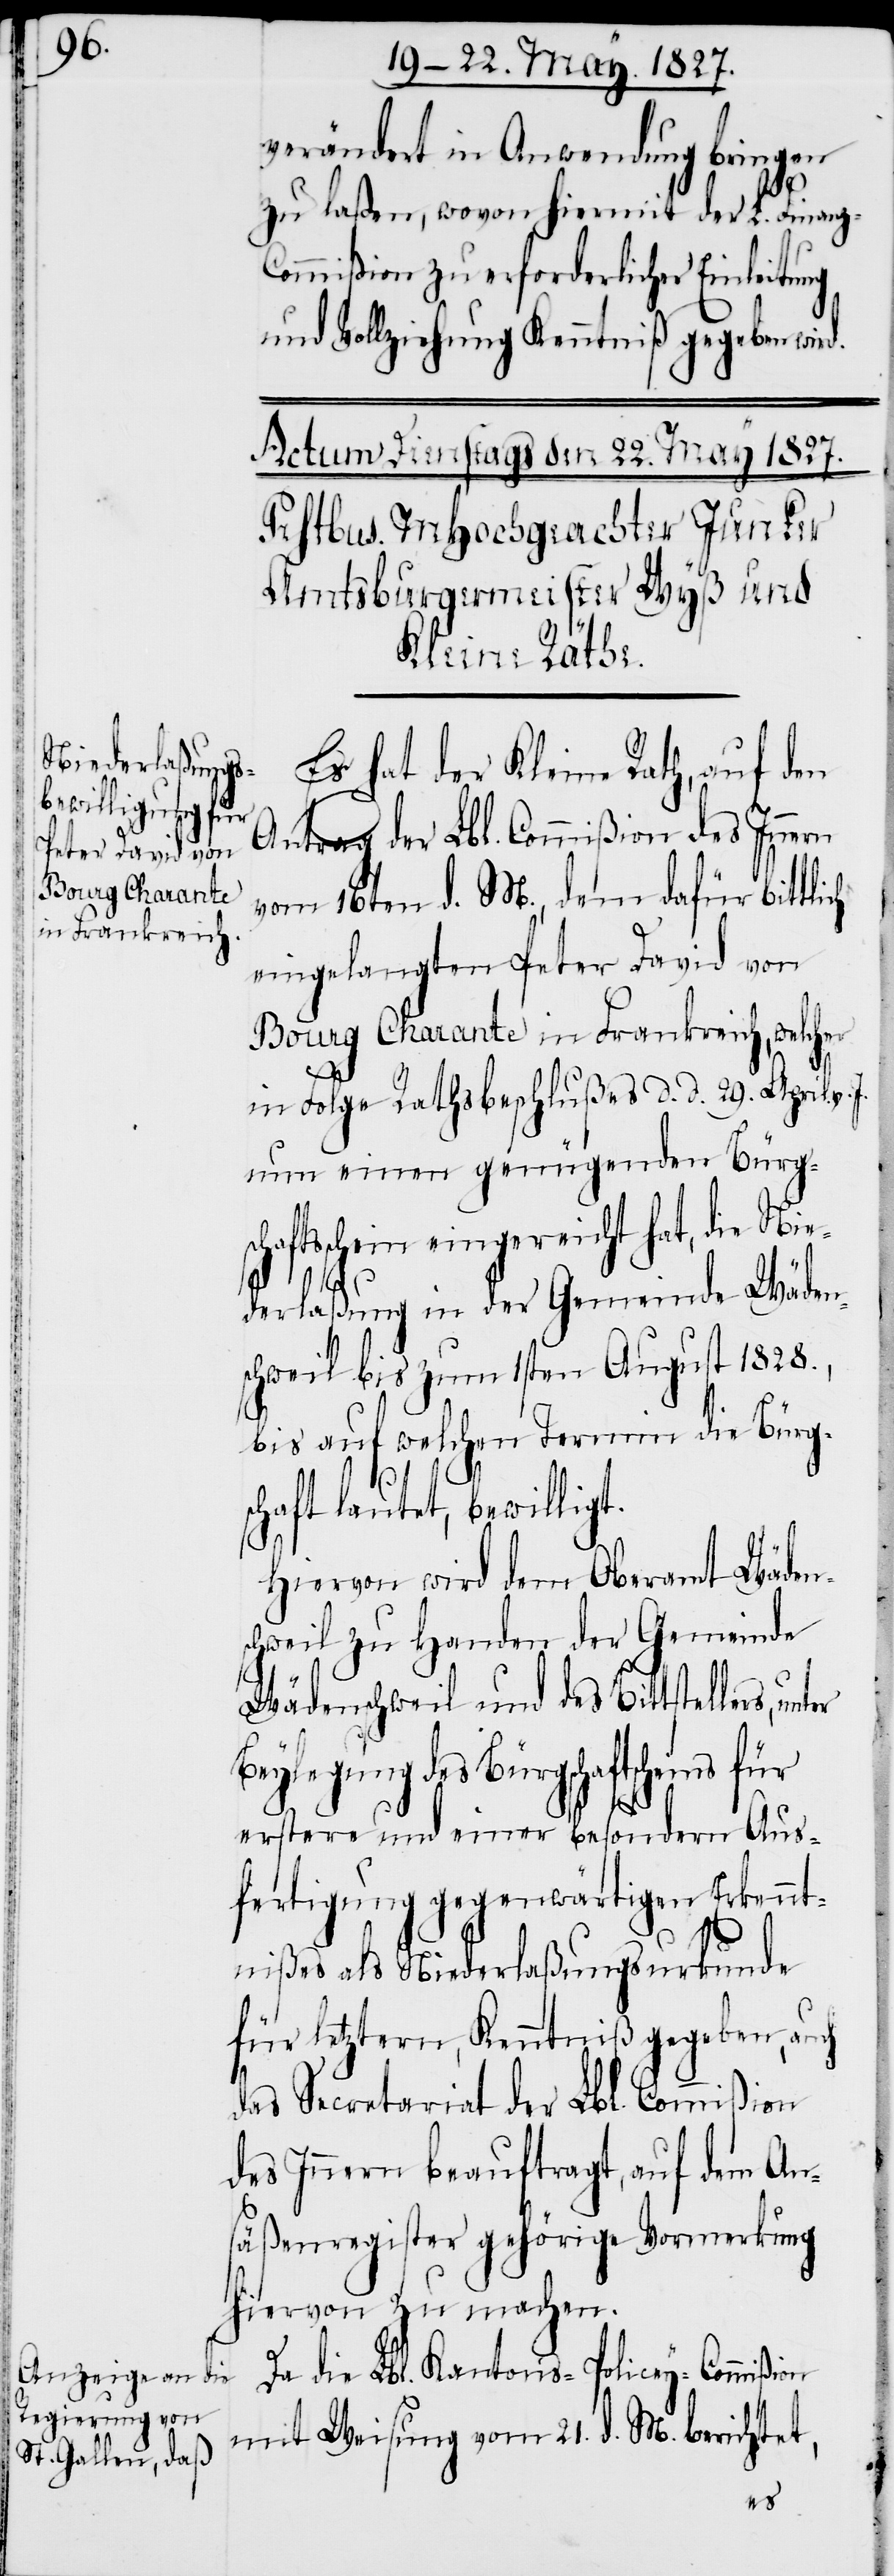
für

verändert in Anwendung bringen
zu laßen, wovon hiermit der L. Finanz-C¬
ommißion zu erforderlicher Einleitung
und Vollziehung Kenntniß gegeben wir¬
Es hat der Kleine Rath, auf den
Antrag der Lbl. Commißion des Innern
vom 16ten d. M., dem dafür bittlich
eingelangten Peter David von
Bourg Charante in Frankreich, welcher
d.
in Folge Rathsbeschlußes d. d. 29. April v.
nun einen genügenden Bürg¬
schaftsschein eingereicht hat, die Nie¬
derlaßung in der Gemeinde Wäden¬
schweil bis zum 1sten August 1828.,
bis auf welchen Termin die Bürg¬
schaft lautet, bewilligt.
Hiervon wird dem Oberamt Wäden¬
schweil zu Handen der Gemeinde
Wädenschweil und des Bittstellers,
Beylegung des Bürgschaftsscheins
erstere und einer besondern Aus¬
fertigung gegenwärtigen Erkennt¬
nißes als Niederlaßungsurkunde
für letztern, Kenntniß gegeben, auch
das Secretariat der Lbl. Commißion
des Innern beauftragt, auf dem An¬
säßenregister gehörige Vormerkung
hiervon zu machen.
Da die Lbl. Kantons-Policey-Commißion
mit Weisung vom 21. d. M. berichtet,